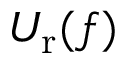
U _ { \mathrm { r } } ( f )